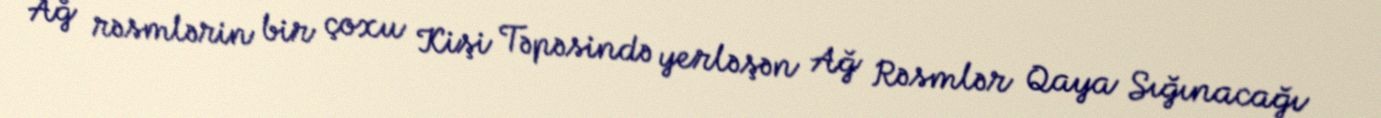
Ağ rəsmlərin bir çoxu Kişi Təpəsində yerləşən Ağ Rəsmlər Qaya Sığınacağı